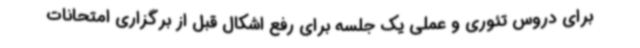
برای دروس تئوری و عملی یک جلسه برای رفع اشکال قبل از برگزاری امتحانات